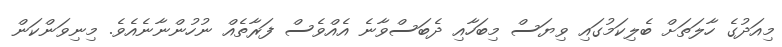
މިއަދުގެ ހާލަތަށް ބެލިކަމުގައި ވިޔަސް މިބަހާއި ދެބަސްވާނެ އެއްވެސް ފަރާތެއް ނުހުންނާނެއެވެ. މިނިވަންކަން